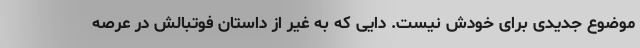
موضوع جدیدی برای خودش نیست. دایی که به غیر از داستان فوتبالش در عرصه